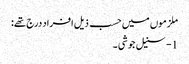
ملزموں میں حسب ذیل افراد درج تھے:
1- سنیل جوشی ۔